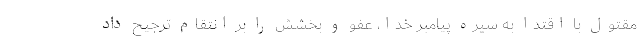
مقتول با اقتدا به سیره پیامبر خدا، عفو و بخشش را بر انتقام ترجیح داد